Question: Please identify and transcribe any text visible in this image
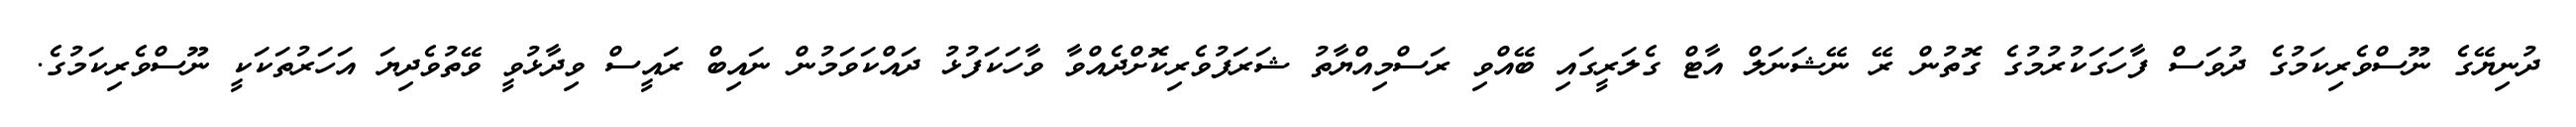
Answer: ދުނިޔޭގެ ނޫސްވެރިކަމުގެ ދުވަސް ފާހަގަކުރުމުގެ ގޮތުން ރޭ ނޭޝަނަލް އާޓް ގެލަރީގައި ބޭއްވި ރަސްމިއްޔާތު ޝަރަފުވެރިކޮށްދެއްވާ ވާހަކަފުޅު ދައްކަވަމުން ނައިބް ރައީސް ވިދާޅުވީ ވޭތުވެދިޔަ އަހަރުތަކަކީ ނޫސްވެރިކަމުގެ.